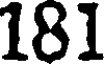
181